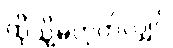
ထိုသို့မဟုတ်လျှင်